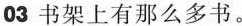
03书架上有那么多书。